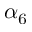
\alpha _ { 6 }